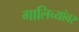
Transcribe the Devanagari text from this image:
गालिच्यांवर